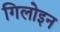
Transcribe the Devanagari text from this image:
गिलोइन